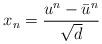
LaTeX: \begin{align*}x_{n}=\dfrac{u^n-\bar{u}^n}{\sqrt{d}}\\\end{align*}